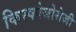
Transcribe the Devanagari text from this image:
किस्कोजोसेजी